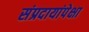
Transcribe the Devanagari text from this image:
संप्रदायांपेक्षा